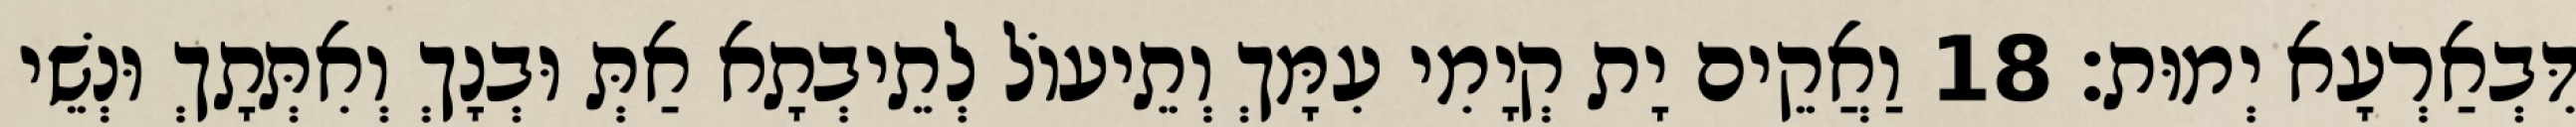
דִּבְאַרְעָא יְמוּת׃ 18 וַאֲקֵים יָת קְיָמִי עִמָּךְ וְתֵיעוֹל לְתֵיבְתָא אַתְּ וּבְנָךְ וְאִתְּתָךְ וּנְשֵׁי